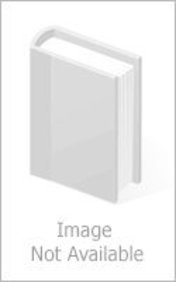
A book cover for America's Most Winning Teams - Set 2; Teen & Young Adult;